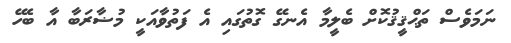
ނަމަވެސް ތަޙްޤީޤުކޮށް ބެލީމާ އެނގޭ ގޮތުގައި އެ ފަތުވާއަކީ މުޟާރަބާ އާ ބެހޭ